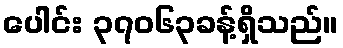
ပေါင်း ၃၇၀၆၃ခန့်ရှိသည်။